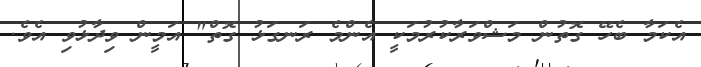
އެކަމާ ބެހޭ ގޮތުން މަޝްވަރާކުރުމަކީ އެންމެ ރަނގަޅު ގޮތް" އަމީން ވިދާޅުވި އެވެ.